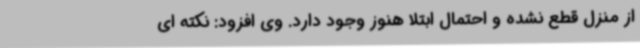
از منزل قطع نشده و احتمال ابتلا هنوز وجود دارد. وی افزود: نکته ای